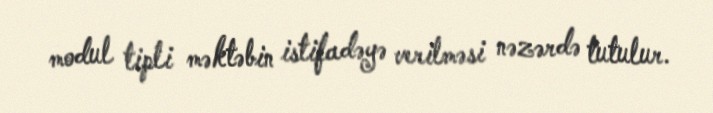
modul tipli məktəbin istifadəyə verilməsi nəzərdə tutulur.